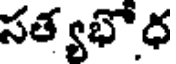
సత్యభోధ